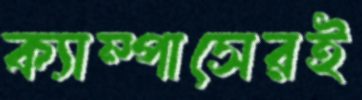
ক্যাম্পাসেরই